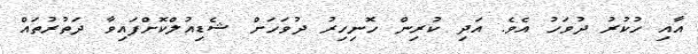
އާއި ހުކުރު ދުވަހު އެވެ. އަދި ކުރިން ހޮނިހިރު ދުވަހަށް ޝެޑިއުލްކޮށްފައިވާ ދަތުރުތައް